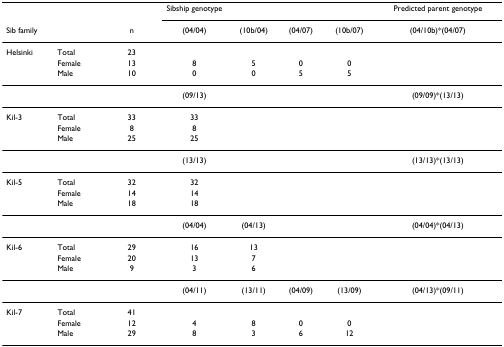
<table><thead><tr><td></td><td></td><td></td><td><b>Sibship genotype</b></td><td></td><td></td><td></td><td><b>Predicted parent genotype</b></td></tr><tr><td><b>Sib family</b></td><td></td><td><b>n</b></td><td><b>(04/04)</b></td><td><b>(10b/04)</b></td><td><b>(04/07)</b></td><td><b>(10b/07)</b></td><td><b>(04/10b)*(04/07)</b></td></tr></thead><tbody><tr><td>Helsinki</td><td>Total</td><td>23</td><td></td><td></td><td></td><td></td><td></td></tr><tr><td></td><td>Female</td><td>13</td><td>8</td><td>5</td><td>0</td><td>0</td><td></td></tr><tr><td></td><td>Male</td><td>10</td><td>0</td><td>0</td><td>5</td><td>5</td><td></td></tr><tr><td></td><td></td><td></td><td>(09/13)</td><td></td><td></td><td></td><td>(09/09)*(13/13)</td></tr><tr><td>Kil-3</td><td>Total</td><td>33</td><td>33</td><td></td><td></td><td></td><td></td></tr><tr><td></td><td>Female</td><td>8</td><td>8</td><td></td><td></td><td></td><td></td></tr><tr><td></td><td>Male</td><td>25</td><td>25</td><td></td><td></td><td></td><td></td></tr><tr><td></td><td></td><td></td><td>(13/13)</td><td></td><td></td><td></td><td>(13/13)*(13/13)</td></tr><tr><td>Kil-5</td><td>Total</td><td>32</td><td>32</td><td></td><td></td><td></td><td></td></tr><tr><td></td><td>Female</td><td>14</td><td>14</td><td></td><td></td><td></td><td></td></tr><tr><td></td><td>Male</td><td>18</td><td>18</td><td></td><td></td><td></td><td></td></tr><tr><td></td><td></td><td></td><td>(04/04)</td><td>(04/13)</td><td></td><td></td><td>(04/04)*(04/13)</td></tr><tr><td>Kil-6</td><td>Total</td><td>29</td><td>16</td><td>13</td><td></td><td></td><td></td></tr><tr><td></td><td>Female</td><td>20</td><td>13</td><td>7</td><td></td><td></td><td></td></tr><tr><td></td><td>Male</td><td>9</td><td>3</td><td>6</td><td></td><td></td><td></td></tr><tr><td></td><td></td><td></td><td>(04/11)</td><td>(13/11)</td><td>(04/09)</td><td>(13/09)</td><td>(04/13)*(09/11)</td></tr><tr><td>Kil-7</td><td>Total</td><td>41</td><td></td><td></td><td></td><td></td><td></td></tr><tr><td></td><td>Female</td><td>12</td><td>4</td><td>8</td><td>0</td><td>0</td><td></td></tr><tr><td></td><td>Male</td><td>29</td><td>8</td><td>3</td><td>6</td><td>12</td><td></td></tr></tbody></table>